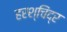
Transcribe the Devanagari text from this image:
हरश्चिंद्र